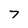
Character: T